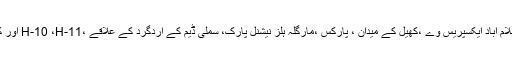
رواںسال موسمِ بہار کی شجر کاری کے دوران اسلام آباد ایکسپریس وے ،کھیل کے میدان ، پارکس ،مارگلہ ہلز نیشنل پارک، سملی ڈیم کے اردگرد کے علاقے ،H-10 ،H-11 اور کشمیر ہائی وے پر خصوصی توجہ دی جائے گی۔